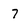
Character: 7